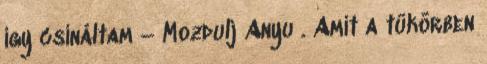
így csináltam – Mozdulj Anyu . Amit a tükörben